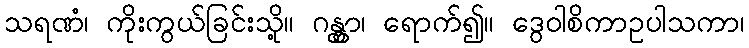
သရဏံ၊ ကိုးကွယ်ခြင်းသို့။ ဂန္တွာ၊ ရောက်၍။ ဒွေဝါစိကာဥပါသကာ၊